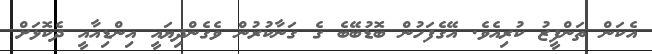
އެކަން ތަންފީޒު ކުރިއެވެ. އޭގެފަހުން ބޮޑުބޭބެ ގެ ގަނާކުރުން ވެގެންދިޔައީ އިންޑިއާއީ ދެކޮޅަށް